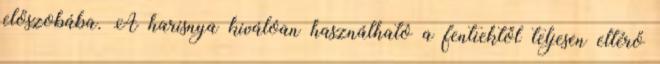
előszobába. A harisnya kiválóan használható a fentiektől teljesen eltérő